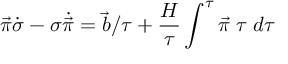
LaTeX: \vec { \pi } \dot { \sigma } - \sigma \dot { \vec { \pi } } = \vec { b } / \tau + { \frac { H } { \tau } } \int ^ { \tau } \vec { \pi } \; \tau \; d \tau